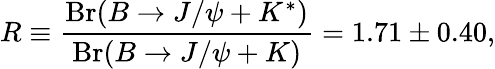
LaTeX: R\equiv{\frac{\mathrm{Br}(B\rightarrow J/\psi+K^{*})}{\mathrm{Br}(B\rightarrow J/\psi+K)}}=1.71\pm 0.40,